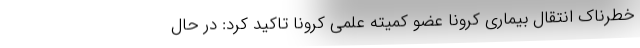
خطرناک انتقال بیماری کرونا عضو کمیته علمی کرونا تاکید کرد: در حال